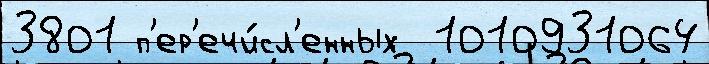
3801 п'ер'ечи́сл'енных  1010931064